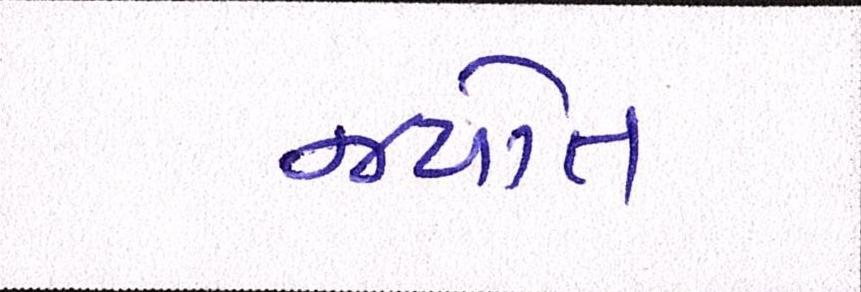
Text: જયોત